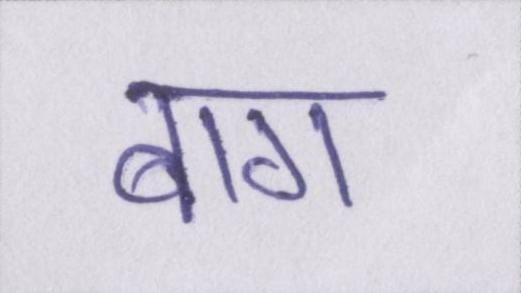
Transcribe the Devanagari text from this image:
बाग